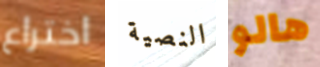
اختراع النصية هالو